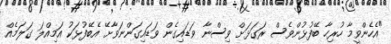
"އެހެންވީމާ ހުރިހާ ބޭފުޅުންވެސް ރަގަޅަށް ވިސްނާ ވަޑައިގެން ވަޑައިގަންނަވާށޭ އެބޭފުޅަކު އަމިއްލަ ގަލަމެއް